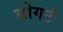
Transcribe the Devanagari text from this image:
बोगर्ट